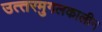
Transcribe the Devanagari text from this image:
उत्‍तरमुगलकालीन